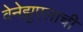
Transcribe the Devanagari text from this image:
वेनेझुएलाची